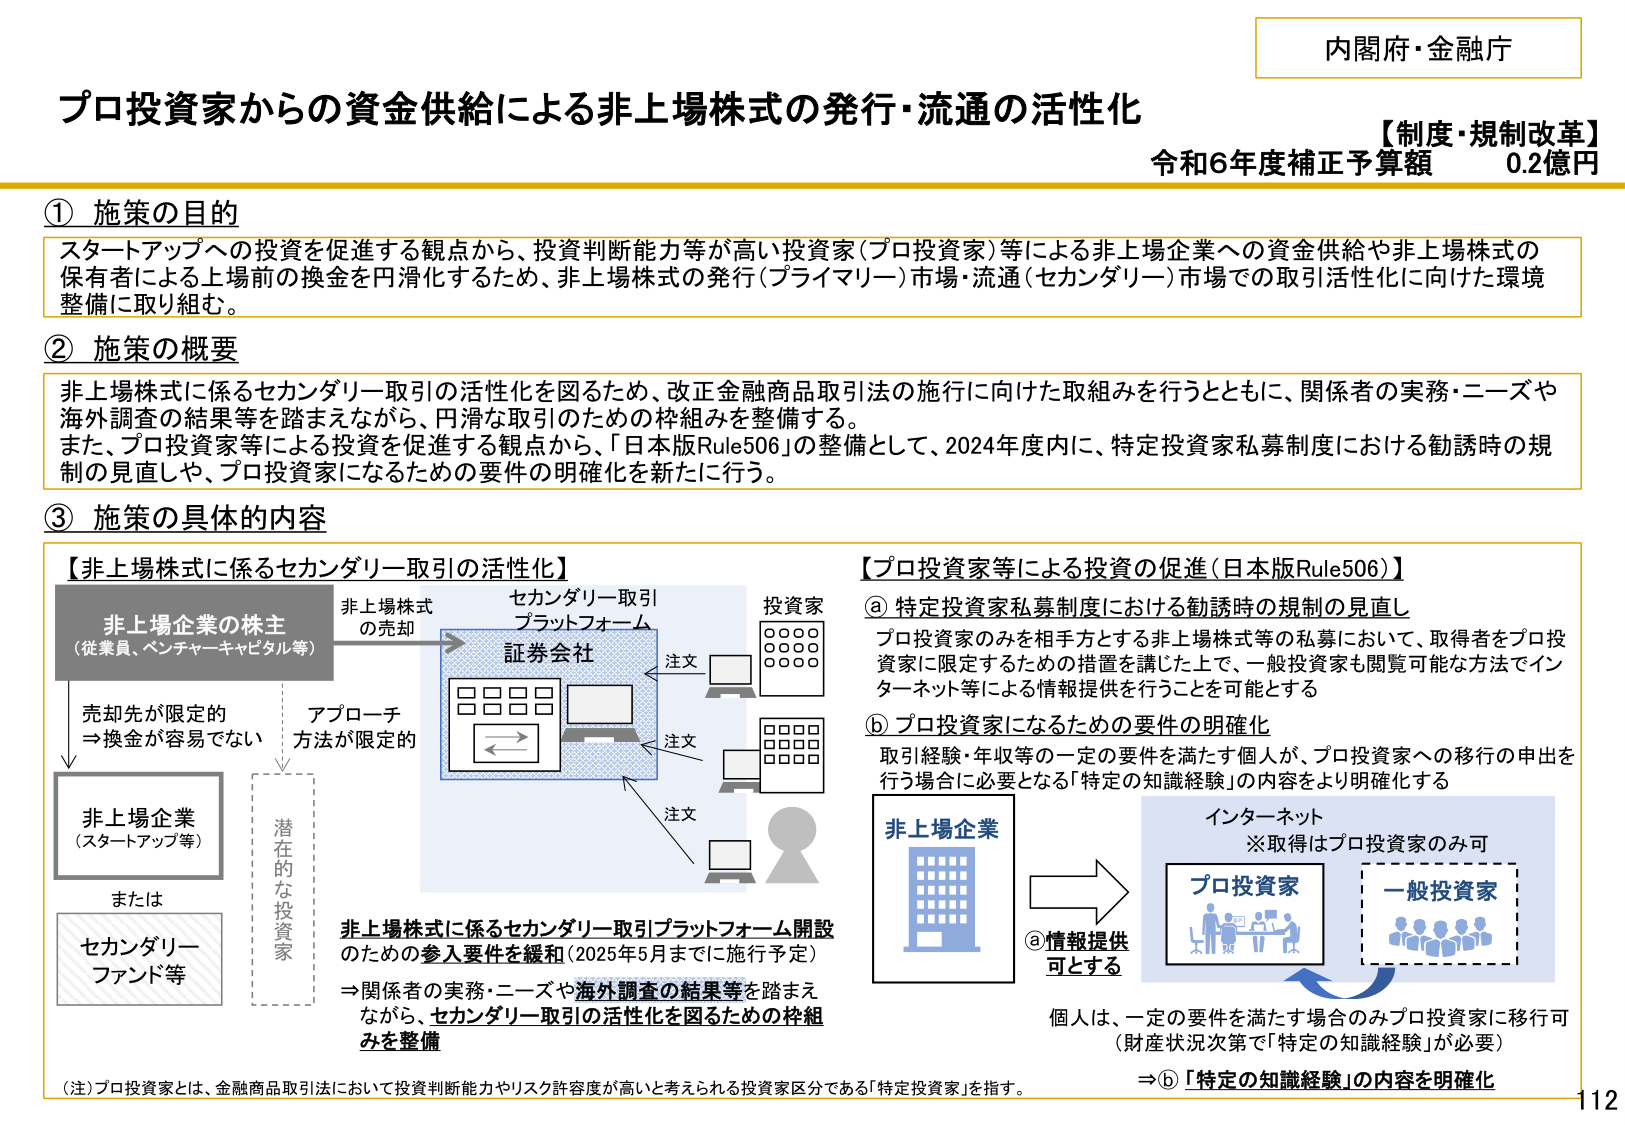
内閣府・金融庁
【制度・規制改革】
令和6年度補正予算額 0.2億円

プロ投資家からの資金供給による非上場株式の発行・流通の活性化

① 施策の目的
スタートアップへの投資を促進する観点から、投資判断能力等が高い投資家（プロ投資家）等による非上場企業への資金供給や非上場株式の保有者による上場前の換金を円滑化するため、非上場株式の発行（プライマリー）市場・流通（セカンダリー）市場での取引活性化に向けた環境整備に取り組む。

② 施策の概要
非上場株式に係るセカンダリー取引の活性化を図るため、改正金融商品取引法の施行に向けた取組みを行うとともに、関係者の実務・ニーズや海外調査の結果等を踏まえながら、円滑な取引のための枠組みを整備する。
また、プロ投資家等による投資を促進する観点から、「日本版Rule506」の整備として、2024年度内に、特定投資家私募制度における勧誘時の規制の見直しや、プロ投資家になるための要件の明確化を新たに行う。

③ 施策の具体的内容

【非上場株式に係るセカンダリー取引の活性化】
非上場企業の株主
（従業員、ベンチャーキャピタル等）
→ 非上場株式の売却
→ セカンダリー取引プラットフォーム
→ 証券会社
→ 投資家

売却先が限定的
→換金が容易でない
アプローチ方法が限定的

非上場企業
（スタートアップ等）
または
セカンダリー
ファンド等

潜在的な投資家

非上場株式に係るセカンダリー取引プラットフォーム開設のための参入要件を緩和（2025年5月までに施行予定）
→関係者の実務・ニーズや海外調査の結果等を踏まえながら、セカンダリー取引の活性化を図るための枠組みを整備

【プロ投資家等による投資の促進（日本版Rule506）】
① 特定投資家私募制度における勧誘時の規制の見直し
プロ投資家のみを相手方とする非上場株式等の私募において、取得者をプロ投資家に限定するための措置を講じた上で、一般投資家も閲覧可能な方法でインターネット等による情報提供を行うことを可能とする

② プロ投資家になるための要件の明確化
取引経験・年収等の一定の要件を満たす個人が、プロ投資家への移行の申出を行う場合に必要となる「特定の知識経験」の内容をより明確化する

非上場企業
→ ①情報提供可とする
インターネット
※取得はプロ投資家のみ可
プロ投資家
一般投資家

個人は、一定の要件を満たす場合のみプロ投資家に移行可
（財産状況次第で「特定の知識経験」が必要）
→②「特定の知識経験」の内容を明確化

（注）プロ投資家とは、金融商品取引法において投資判断能力やリスク許容度が高いと考えられる投資家区分である「特定投資家」を指す。

112